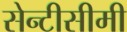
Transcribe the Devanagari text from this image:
सेन्टीसीमी